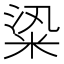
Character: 𥹦